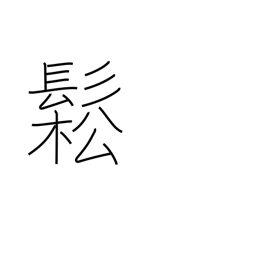
Meaning: dishevelled